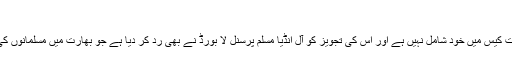
‘
’امن کے لیے بھارتی مسلمان‘ تنظیم عدالت میں زیرسماعت کیس میں خود شامل نہیں ہے اور اس کی تجویز کو آل انڈیا مسلم پرسنل لا بورڈ نے بھی رد کر دیا ہے جو بھارت میں مسلمانوں کی نمائندگی کرنے والی سب سے بڑی سرکاری تنظیم ہے۔